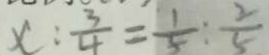
x : \frac { 3 } { 4 } = \frac { 1 } { 5 } : \frac { 2 } { 5 }